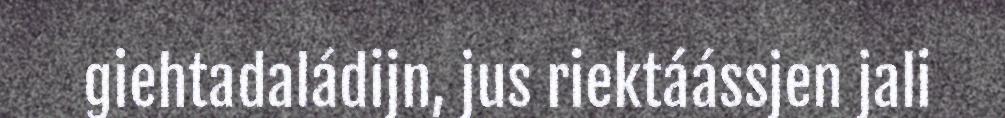
giehtadaládijn, jus riektáássjen jali